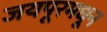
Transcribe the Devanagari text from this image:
जयपूरमधून